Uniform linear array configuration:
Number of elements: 8
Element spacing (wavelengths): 1
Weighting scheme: kaiser
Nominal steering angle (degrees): -30
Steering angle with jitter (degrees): -30.248
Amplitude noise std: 0.05
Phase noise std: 0.05

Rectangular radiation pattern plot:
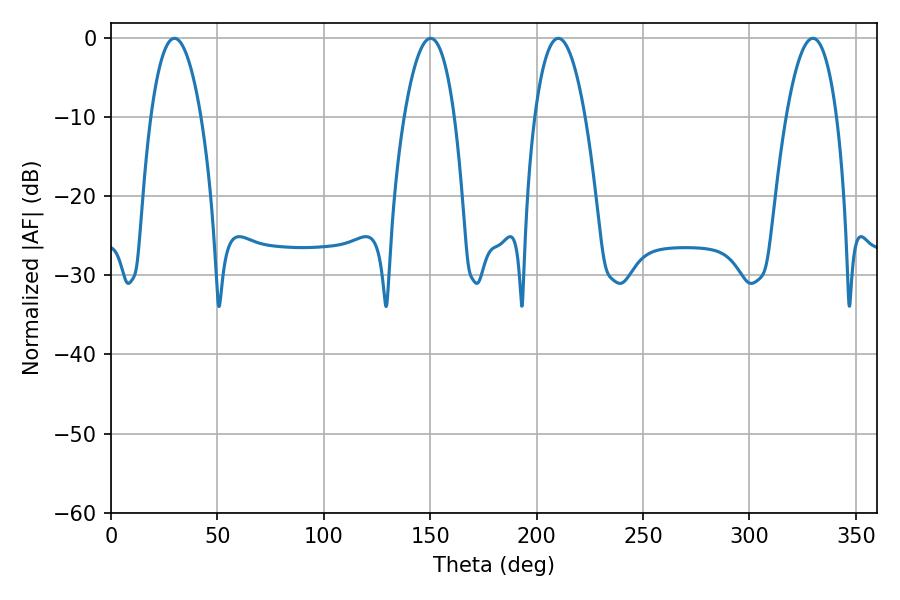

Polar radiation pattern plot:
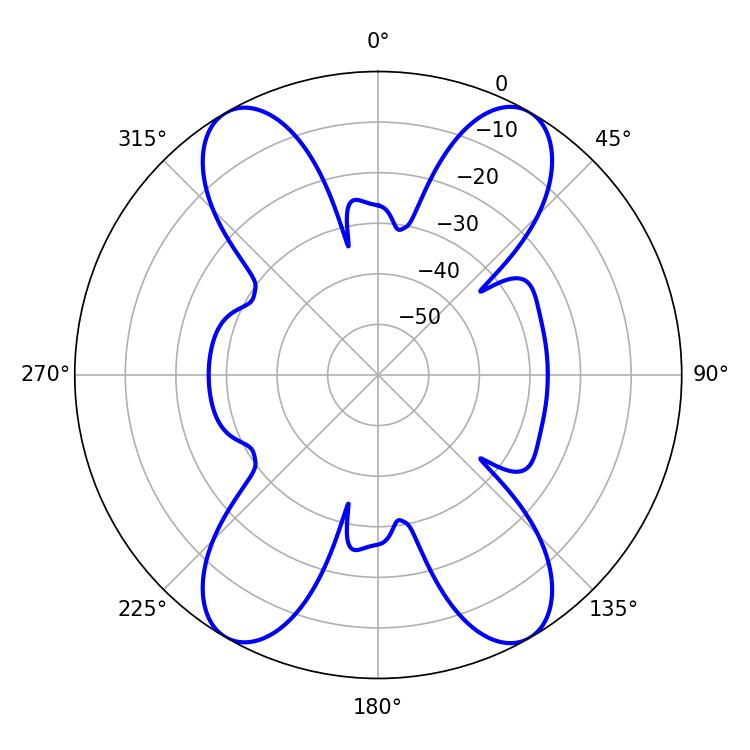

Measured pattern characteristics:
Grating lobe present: TRUE
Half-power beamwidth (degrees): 13.14
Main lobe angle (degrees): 29.88